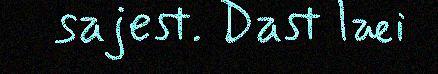
sajest. Dast læi